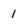
Character: 1